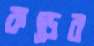
কড়ের